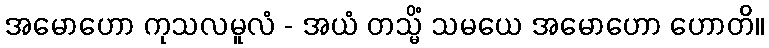
အမောဟော ကုသလမူလံ - အယံ တသ္မိံ သမယေ အမောဟော ဟောတိ။